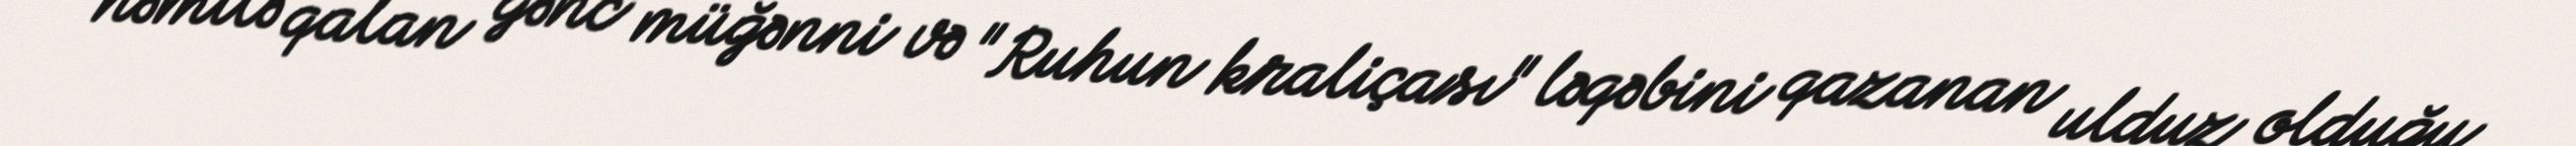
həmilə qalan gənc müğənni və "Ruhun kraliçası" ləqəbini qazanan ulduz olduğu